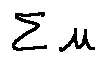
\sum \mu